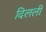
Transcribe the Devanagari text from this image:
दिलली